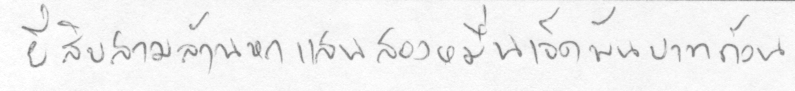
ยี่สิบสามล้านหกแสนสองหมื่นเจ็ดพันบาทถ้วน